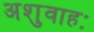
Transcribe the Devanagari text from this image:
अशुवाहः